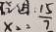
x _ { 2 } = \frac { 1 5 } { 7 }